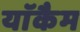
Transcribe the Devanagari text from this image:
याॅकैम